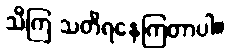
သိကြ သတိရနေကြတာပါ။